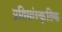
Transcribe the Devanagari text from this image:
प्रतिसांस्कृतिक